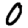
Digit: 0